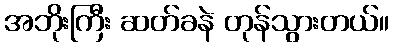
အဘိုးကြီး ဆတ်ခနဲ တုန်သွားတယ်။